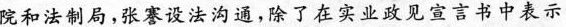
院和法制局，张謇设法沟通，除了在实业政见宣言书中表示